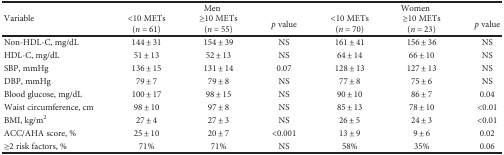
<table><thead><tr><td rowspan="2"><b>Variable</b></td><td colspan="3"><b>Men</b></td><td colspan="3"><b>Women</b></td></tr><tr><td><b>&lt;10 METs(<i>n</i> = 61)</b></td><td><b>≥10 METs(<i>n</i> = 55)</b></td><td><b><i>p</i> value</b></td><td><b>&lt;10 METs(<i>n</i> = 70)</b></td><td><b>≥10 METs(<i>n</i> = 23)</b></td><td><b><i>p</i> value</b></td></tr></thead><tbody><tr><td>Non-HDL-C, mg/dL</td><td>144 ± 31</td><td>154 ± 39</td><td>NS</td><td>161 ± 41</td><td>156 ± 36</td><td>NS</td></tr><tr><td>HDL-C, mg/dL</td><td>51 ± 13</td><td>52 ± 13</td><td>NS</td><td>64 ± 14</td><td>66 ± 10</td><td>NS</td></tr><tr><td>SBP, mmHg</td><td>136 ± 15</td><td>131 ± 14</td><td>0.07</td><td>128 ± 13</td><td>127 ± 13</td><td>NS</td></tr><tr><td>DBP, mmHg</td><td>79 ± 7</td><td>79 ± 8</td><td>NS</td><td>77 ± 8</td><td>75 ± 6</td><td>NS</td></tr><tr><td>Blood glucose, mg/dL</td><td>100 ± 17</td><td>98 ± 15</td><td>NS</td><td>90 ± 10</td><td>86 ± 7</td><td>0.04</td></tr><tr><td>Waist circumference, cm</td><td>98 ± 10</td><td>97 ± 8</td><td>NS</td><td>85 ± 13</td><td>78 ± 10</td><td>&lt;0.01</td></tr><tr><td>BMI, kg/m<sup>2</sup></td><td>27 ± 4</td><td>27 ± 3</td><td>NS</td><td>26 ± 5</td><td>24 ± 3</td><td>&lt;0.01</td></tr><tr><td>ACC/AHA score, %</td><td>25 ± 10</td><td>20 ± 7</td><td>&lt;0.001</td><td>13 ± 9</td><td>9 ± 6</td><td>0.02</td></tr><tr><td>≥2 risk factors, %</td><td>71%</td><td>71%</td><td>NS</td><td>58%</td><td>35%</td><td>0.06</td></tr></tbody></table>